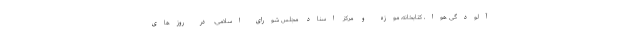
آلودگی هوا، کتابخانه، موزه و مرکز اسناد مجلس شورای اسلامی، در روزهای